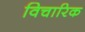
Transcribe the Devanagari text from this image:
विचारिक